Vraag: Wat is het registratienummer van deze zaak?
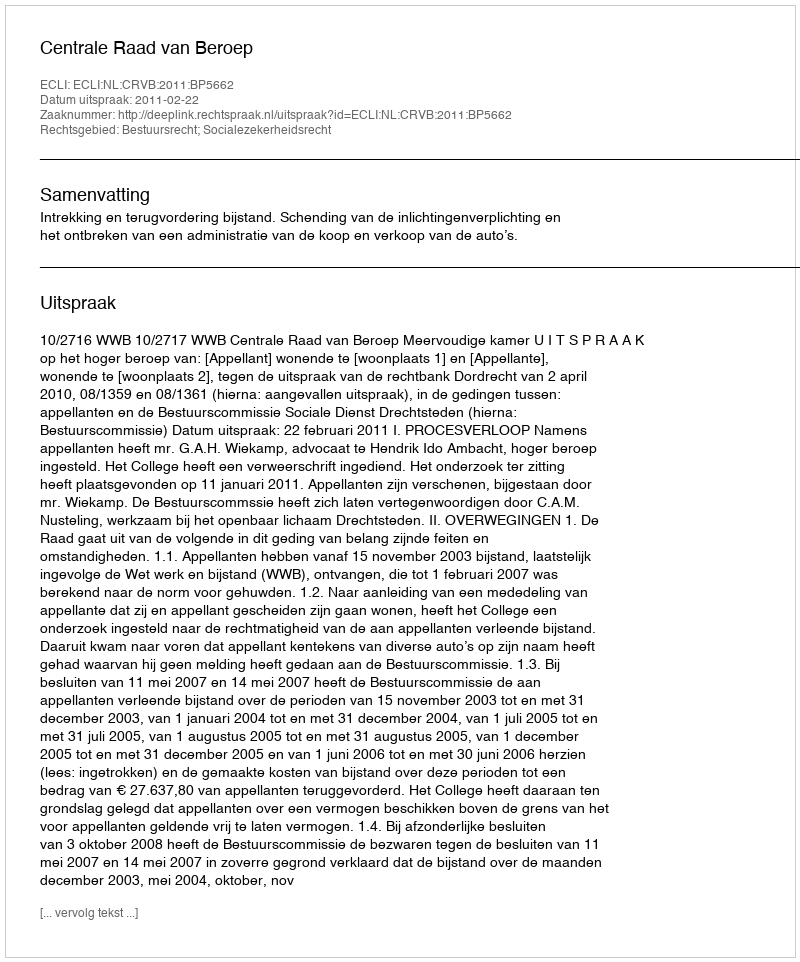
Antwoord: http://deeplink.rechtspraak.nl/uitspraak?id=ECLI:NL:CRVB:2011:BP5662